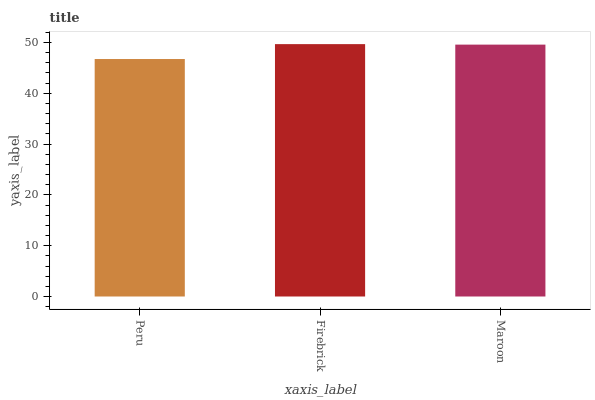
| xaxis_label | bars |
 | --- | --- |
 | Peru | 46.7 |
 | Firebrick | 49.7 |
 | Maroon | 49.6 |